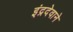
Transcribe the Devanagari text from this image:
इंद्रदेवाने